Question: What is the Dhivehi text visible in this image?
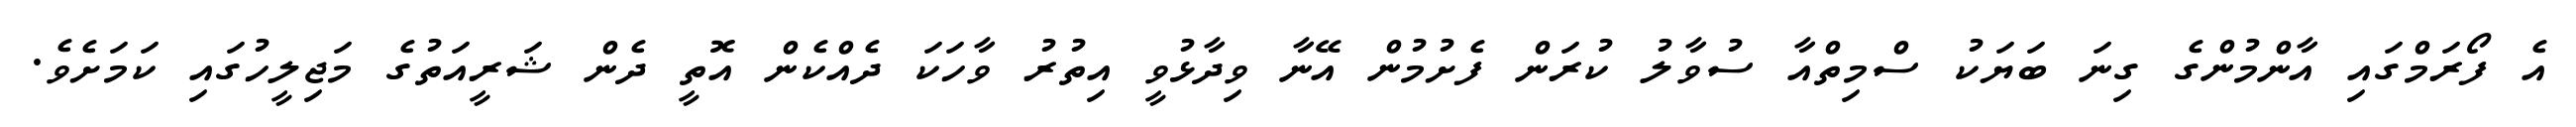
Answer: އެ ފޯރަމްގައި އާންމުންގެ ގިނަ ބަޔަކު ސްމިތްއާ ސުވާލު ކުރަން ފެށުމުން އޭނާ ވިދާޅުވީ އިތުރު ވާހަކަ ދެއްކެން އޮތީ ދެން ޝަރީއަތުގެ މަޖިލީހުގައި ކަމަށެވެ.